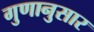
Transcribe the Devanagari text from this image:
गुणानुसार